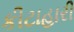
કીટાહારી